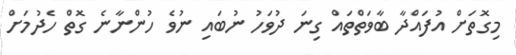
މިގޮތަށް އުފައްދާ ބާވަތްތައް ގިނަ ދުވަހު ނުބައި ނުވެ ހުންނާނެ ގޮތް ހެދުމަށް